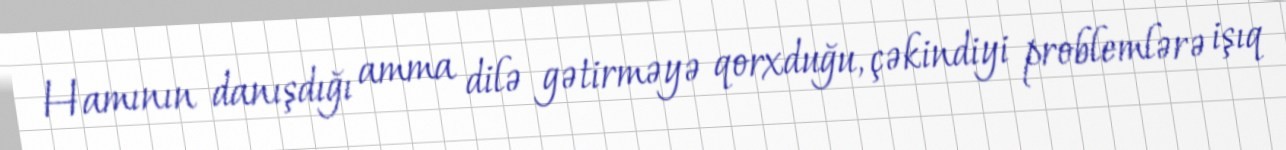
Hamının danışdığı amma dilə gətirməyə qorxduğu, çəkindiyi problemlərə işıq